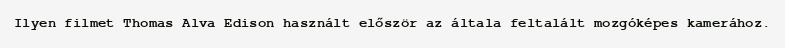
Ilyen filmet Thomas Alva Edison használt először az általa feltalált mozgóképes kamerához.